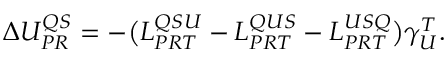
\begin{array} { r } { \Delta U _ { P R } ^ { Q S } = - \big ( L _ { P R T } ^ { Q S U } - L _ { P R T } ^ { Q U S } - L _ { P R T } ^ { U S Q } \big ) \gamma _ { U } ^ { T } . } \end{array}